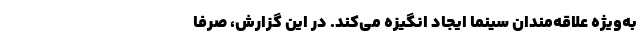
به‌ویژه علاقه‌مندان سینما ایجاد انگیزه می‌کند. در این گزارش، صرفا